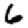
Digit: 6